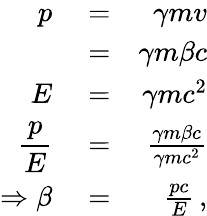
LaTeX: \begin{array}{rlr}{\displaystyle p}&{{}=}&{\gamma mv}\\ {\displaystyle}&{{}=}&{\gamma m\beta c}\\ {\displaystyle E}&{{}=}&{\gamma mc^{2}}\\ {\displaystyle\frac{p}{E}}&{{}=}&{\frac{\gamma m\beta c}{\gamma mc^{2}}}\\ {\displaystyle\Rightarrow\beta}&{{}=}&{\frac{pc}{E}\, ,}\end{array}